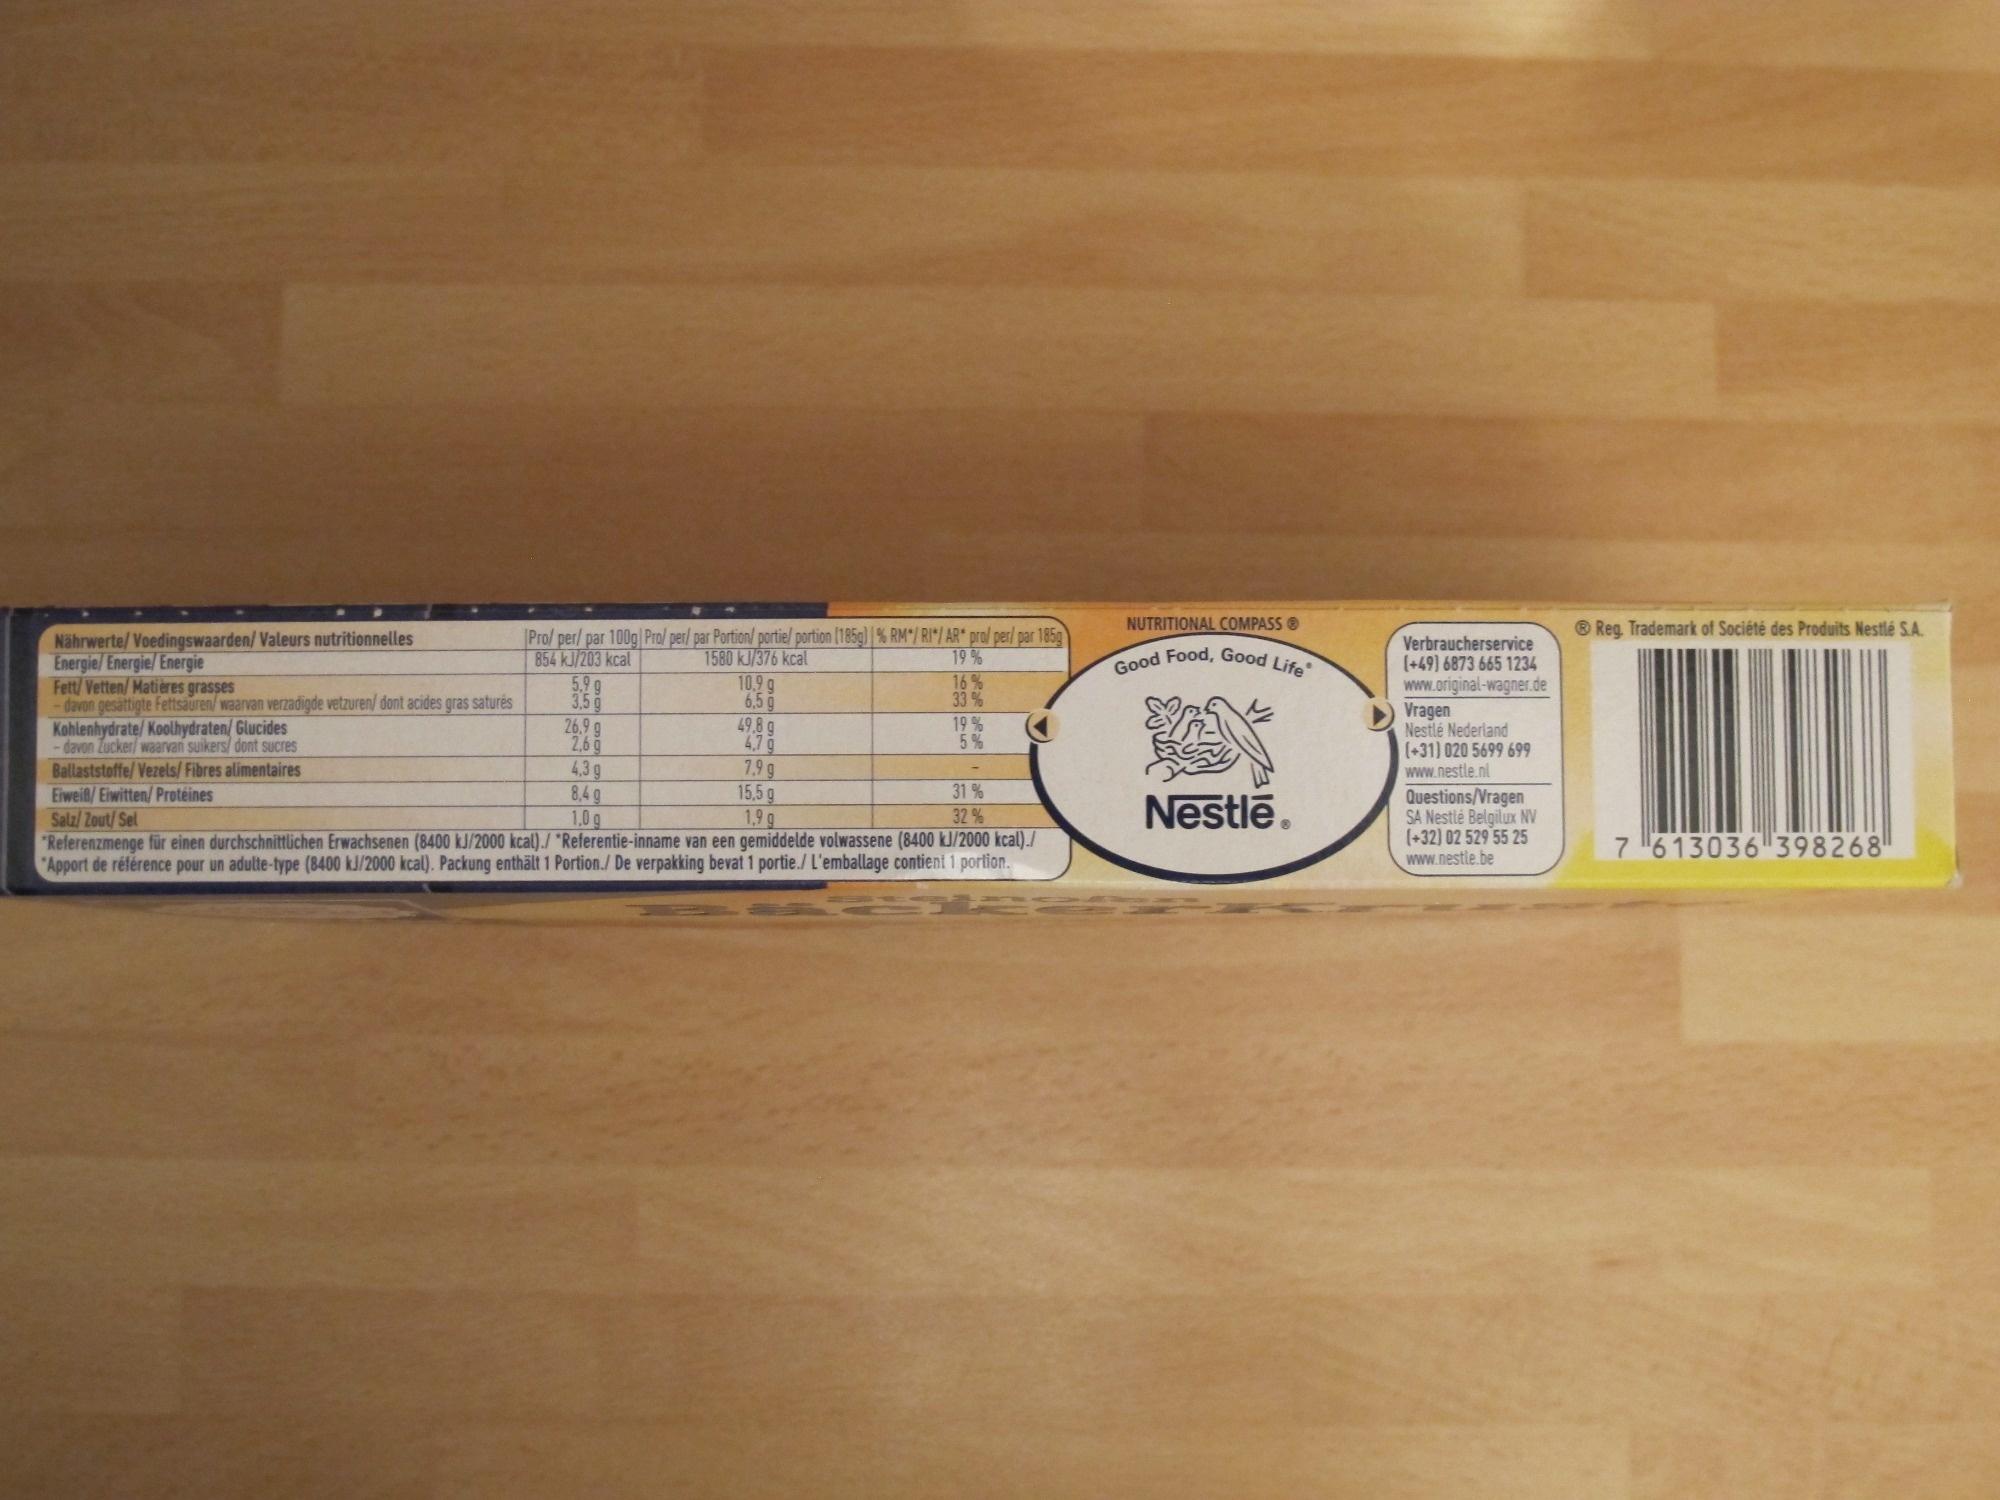
Nährwerte/ Voedingswaarden/ Valeurs nutritionnelles Energie/ Energie/ Energie
Fett/Vetten/Matières grasses
davon gesättigte Fettsäuren/waarvan verzadigde vetzuren/ dont acides gras saturés
Kohlenhydrate/ Koolhydraten/ Glucides
davon Zucker/ waarvan suikers/ dont sucres Ballaststoffe/Vezels/ Fibres alimentaires Eiweiß/ Eiwitten/ Protéines Salz/ Zout/Sel
Pro/ per/par 100g Pro/ per/ par Portion/ portie/ portion (185g) | % RM*/ RI*/ AR* pro/ per/ par 185g 854 kJ/203 kcal 1580 kJ/376 kcal
19%
5.99
3,5 g
26,9 g
2,6 g
10.9 g
4,3 g
8,4 g
1,0 g
6,5 g
49.8 g
4,79
16%
33%
19%
5%
7,9 g
15,5 g
31%
1,9 g
32%
"Referenzmenge für einen durchschnittlichen Erwachsenen (8400 kJ/2000 kcal)./ "Referentie-inname van een gemiddelde volwassene (8400 kJ/2000 kcal)./ "Apport de référence pour un adulte-type (8400 kJ/2000 kcal). Packung enthält 1 Portion./ De verpakking bevat 1 portie./ L'emballage contient 1 portion.
NUTRITIONAL COMPASS Ⓡ
Good Food, Good Life
Nestlē.
Verbraucherservice
(+49) 6873 665 1234 www.original-wagner.de
Vragen Nestlé Nederland (+31) 020 5699 699 www.nestle.nl Questions/Vragen
SA Nestlé Belgilux NV (+32) 02 529 55 25 www.nestle.be
Reg. Trademark of Société des Produits Nestlé S.A.
7 613036 398268